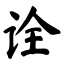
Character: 诠